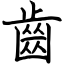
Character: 齒